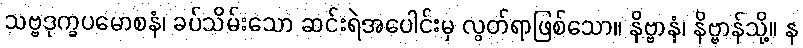
သဗ္ဗဒုက္ခပမောစနံ၊ ခပ်သိမ်းသော ဆင်းရဲအပေါင်းမှ လွတ်ရာဖြစ်သော။ နိဗ္ဗာနံ၊ နိဗ္ဗာန်သို့။ န